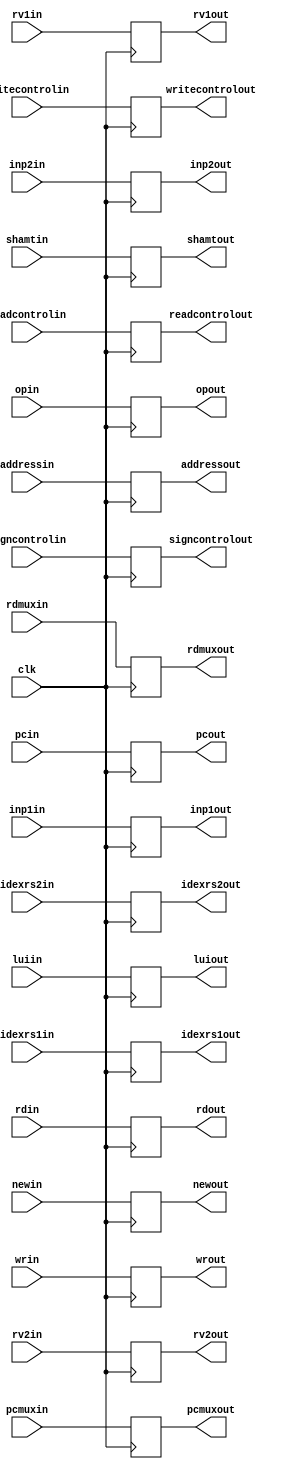
`timescale 1ns / 1ps
//////////////////////////////////////////////////////////////////////////////////
// Company: 
// Engineer: 
// 
// Design Name: 
// Module Name:    IDEXREG 
// Project Name: 
// Target Devices: 
// Tool versions: 
// Description: 
//
// Dependencies: 
//
// Revision: 
// Revision 0.01 - File Created
// Additional Comments: 
//
//////////////////////////////////////////////////////////////////////////////////
module IDEXREG(clk,inp1in,inp1out,inp2in,inp2out,newin,newout,rv2in,rv2out,rdin,rdout,opin,opout,rdmuxin,rdmuxout,shamtin,shamtout,signcontrolin,
signcontrolout,readcontrolin,readcontrolout,writecontrolin,writecontrolout,wrin,wrout,pcmuxin,pcmuxout,addressin,addressout,
rv1in,rv1out,pcin,pcout,idexrs1in,idexrs1out,idexrs2in,idexrs2out,luiin,luiout
    );
input wire clk;
input wire [4:0] idexrs1in,idexrs2in;
output reg [4:0] idexrs1out,idexrs2out;
input wire [31:0] pcin;
output reg [31:0] pcout;
input wire [31:0]rv1in;
output reg [31:0]rv1out;
input wire [31:0]addressin;
output reg [31:0]addressout;
input wire [1:0]pcmuxin;
output reg [1:0]pcmuxout;
input wire [31:0] inp1in;
output reg [31:0] inp1out;
input wire [31:0] inp2in;
output reg [31:0] inp2out;
input wire newin;
output reg newout;
input wire [31:0] rv2in;
output reg [31:0] rv2out;
input wire [4:0] rdin;
output reg [4:0] rdout;
input wire [5:0] opin;
output reg [5:0] opout;
input wire [1:0]rdmuxin;
output reg [1:0]rdmuxout;
input wire [4:0]shamtin;
output reg [4:0]shamtout;
input wire signcontrolin;
input wire wrin;
output reg wrout;
output reg signcontrolout;
input wire [1:0] writecontrolin;
output reg [1:0] writecontrolout;
input wire [1:0] readcontrolin;
output reg [1:0] readcontrolout;
input wire luiin;
output reg luiout;

always@(posedge clk) begin
pcout<=pcin;
inp1out<=inp1in;
inp2out<=inp2in;
newout<=newin;
rv2out<=rv2in;
rdout<=rdin;
opout<=opin;
rdmuxout<=rdmuxin;
shamtout<=shamtin;
signcontrolout<=signcontrolin;
writecontrolout<=writecontrolin;
readcontrolout<=readcontrolin;
wrout<=wrin;
pcmuxout<=pcmuxin;
rv1out<=rv1in;
addressout<=addressin;
idexrs1out<=idexrs1in;
idexrs2out<=idexrs2in;
luiout<=luiin;
end




endmodule